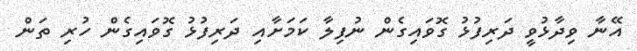
އޭނާ ވިދާޅުވީ ދަރިފުޅު ގޮވައިގެން ނުފިލާ ކަމަށާއި ދަރިފުޅު ގޮވައިގެން ހުރި ތަން